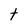
Character: t